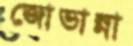
জোভান্না